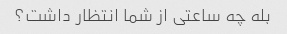
بله چه ساعتی از شما انتظار داشت؟